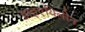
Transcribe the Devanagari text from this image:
डाइएथिलीन